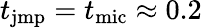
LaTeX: t_{\mathrm{jmp}}=t_{\mathrm{mic}}\approx 0.2